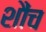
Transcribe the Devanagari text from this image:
शौंच